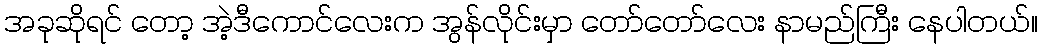
အခုဆိုရင် တော့ အဲ့ဒီကောင်လေးက အွန်လိုင်းမှာ တော်တော်လေး နာမည်ကြီး နေပါတယ်။